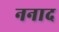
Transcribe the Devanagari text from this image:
ननाद